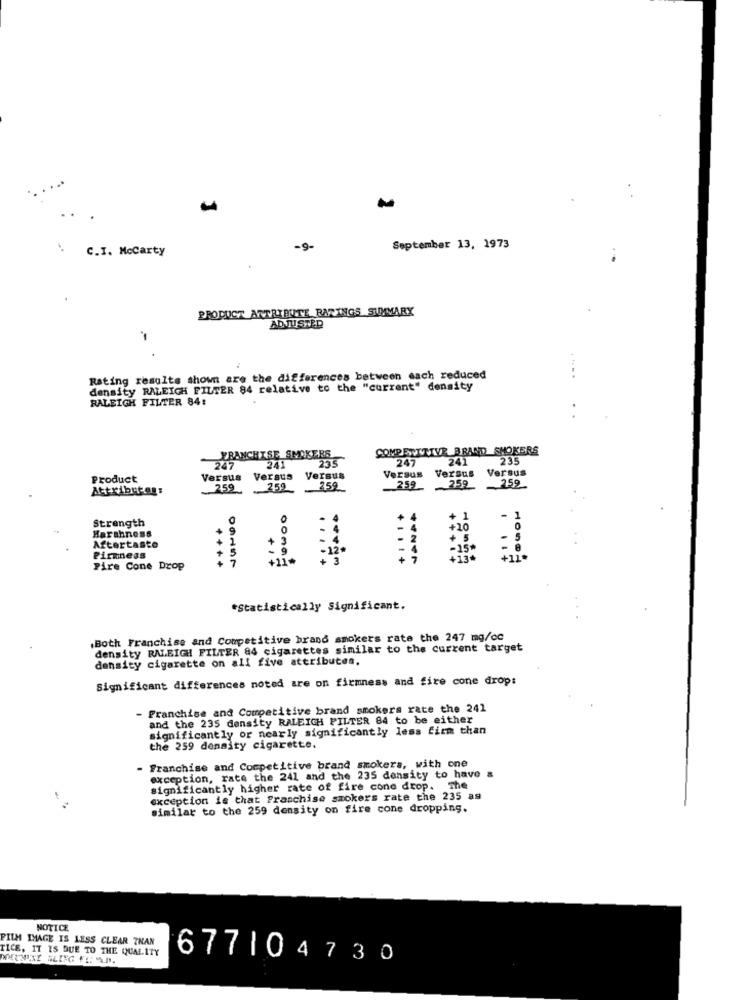
C.I. Mccarty
-9-
September 13, 1973
PRODUCT ATTRIBUTE RATINGS SUMMARY
ADJUSTED
-
.
Rating results shown are the differences between each reduced
density RALEIGH FILTER 84 relative to the "current" density
RALEIGH FILTER 84:
COMPETITIVE BRAND SMOKERS
FRANCHISE SMOKERS
235
247
241
235
247
Versus Versus
Product
Versus
Versus
Versus
Versus
Attributen:
2,59
259
259
252 252
-259
Strength
Harshness
Aftertaste
Pirmness
+11*
Pire Cone Drop
+++
09157
*Statistically Significant.
.Both Franchise and Competitive brand smokers rate the 247 mg/cc
density RALEIGH FILTER 84 cigarettes similar to the current target
density cigarette on all five attributes.
Significant differences noted are on firmness and fire cone drop:
Franchise and Competitive brand smokers rate the 241
and the 235 density RALEIGH FILTER 84 to be either
significantly or nearly significantly less firm than
the 259 density cigarette.
- Franchise and Competitive brand smokers, with one
exception, rate the 241 and the 235 density to have &
significantly higher rate of fire cone drop. The
-
exception is that Franchise smokers rate the 235 as
similar to the 259 density on fire cone dropping.
NOTICE
FILM IMAGE IS LESS CLEAR THAN
TICE, IT IS DUE TO THE QUALITY
677104730